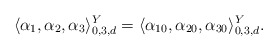
\begin{align*} \langle \alpha_1,\alpha_2,\alpha_3 \rangle^{Y}_{0,3,d}=\langle \alpha_{10},\alpha_{20},\alpha_{30} \rangle^Y_{0,3,d}.\end{align*}